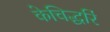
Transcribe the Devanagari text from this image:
केचिद्धरिं